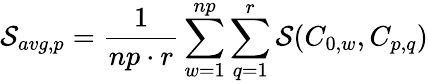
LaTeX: \mathcal{S}_{avg,p}=\frac{1}{np\cdot r}\sum_{w=1}^{np}\sum_{q=1}^{r}\mathcal{S}(C_{0,w},C_{p,q})